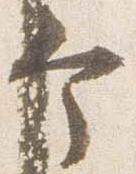
个